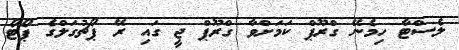
ލެސްޓާ ހިމެނޭ ގްރޫޕް ކަމަށްވާ ގްރޫޕް ޖީ ގައި ރޭ ޕޯޗުގަލްގެ ޕޯޓޯ